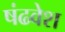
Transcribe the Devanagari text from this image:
षंढवेश